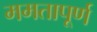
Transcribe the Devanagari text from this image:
ममतापूर्ण